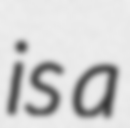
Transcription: is a